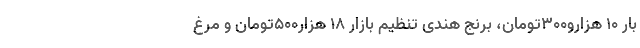
بار ۱۰ هزارو۳۰۰تومان، برنج هندی تنظیم بازار ۱۸ هزار۵۰۰تومان و مرغ